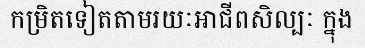
កម្រិតទៀតតាមរយៈអាជីពសិល្បៈ ក្នុង